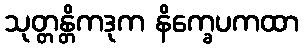
သုတ္တန္တိကဒုက နိက္ခေပကထာ